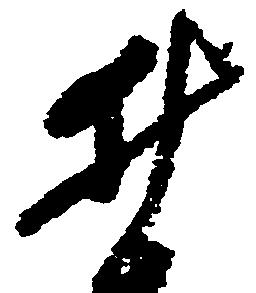
井